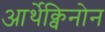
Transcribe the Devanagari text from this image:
आर्थेक्विनोन